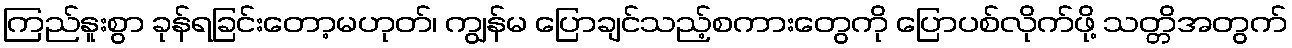
ကြည်နူးစွာ ခုန်ရခြင်းတော့မဟုတ်၊ ကျွန်မ ပြောချင်သည့်စကားတွေကို ပြောပစ်လိုက်ဖို့ သတ္တိအတွက်